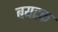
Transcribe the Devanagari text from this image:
बयटक